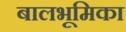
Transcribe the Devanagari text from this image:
बालभूमिका